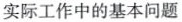
实际工作中的基本问题